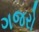
ગજરો